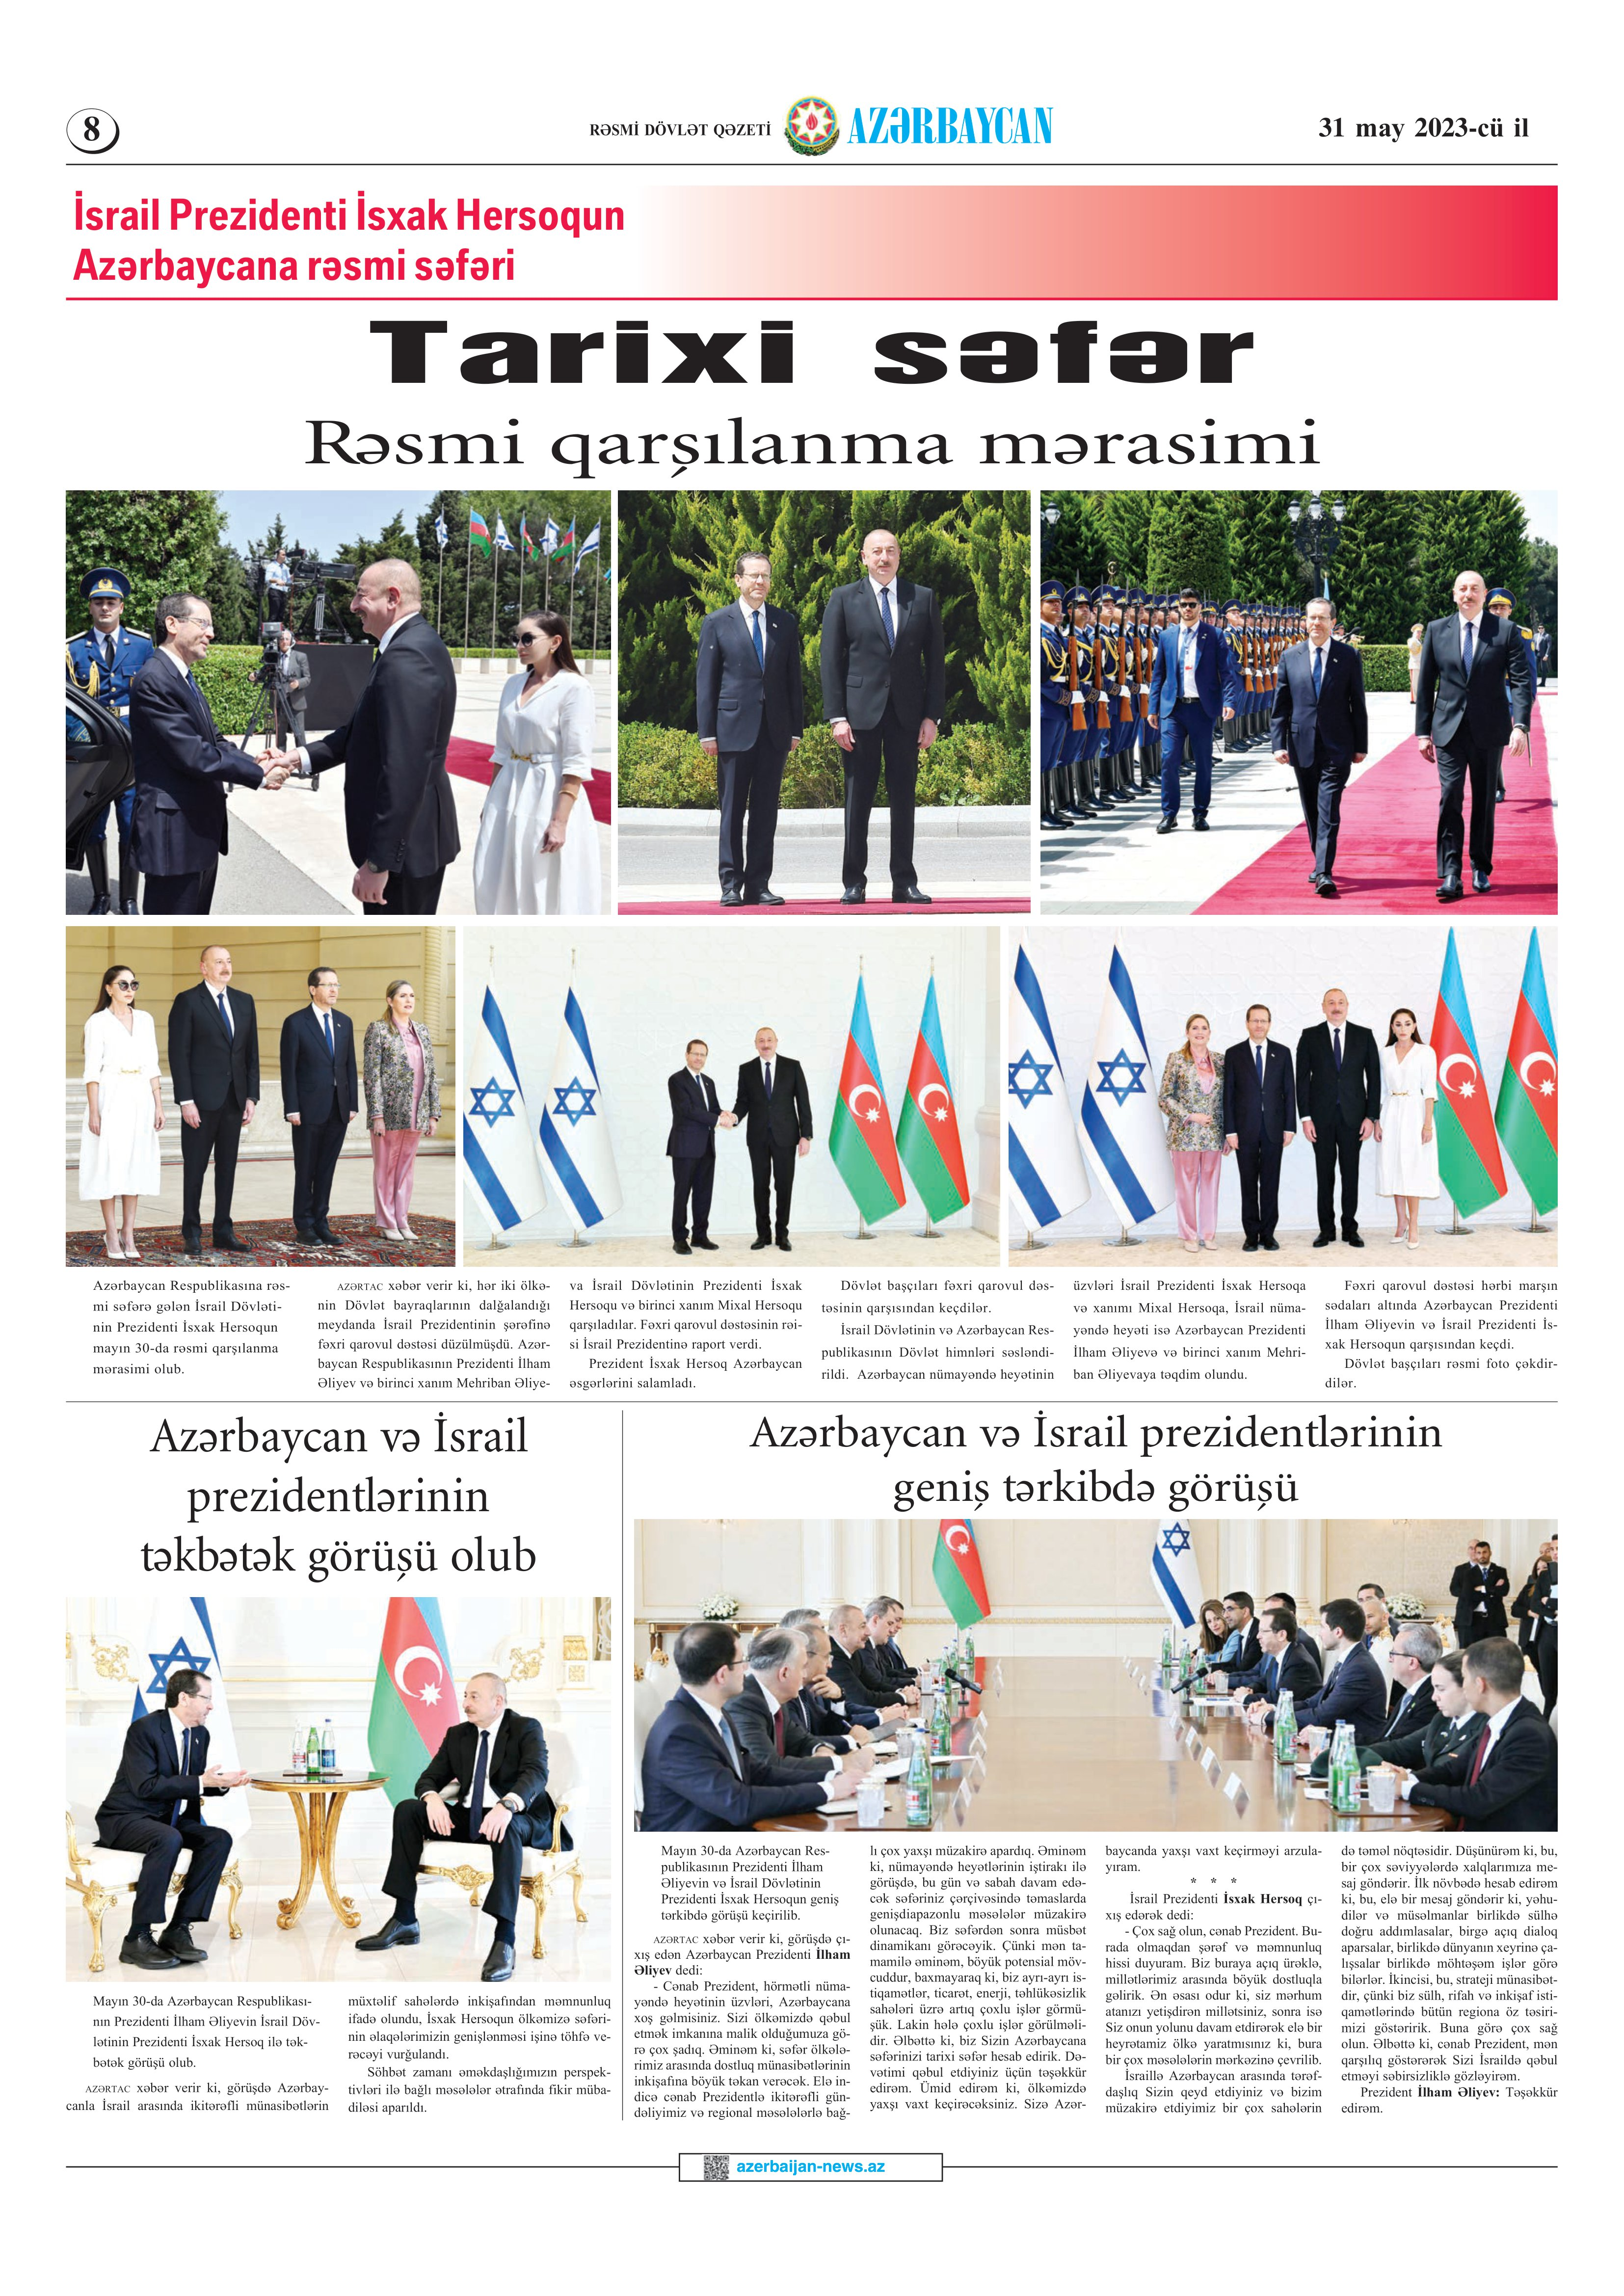
Language: az